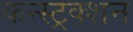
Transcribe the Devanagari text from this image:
कन्‍स्‍ट्रक्‍शन